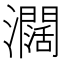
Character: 𤄃